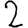
Digit: 2